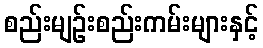
စည်းမျဉ်းစည်းကမ်းများနှင့်